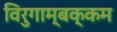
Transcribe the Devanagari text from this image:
विरुगाम्बक्कम